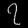
Digit: ၇